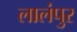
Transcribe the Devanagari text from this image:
लालंपुर